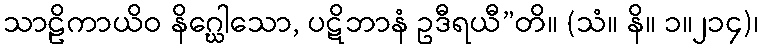
သာဠိကာယိဝ နိဂ္ဃေါသော, ပဋိဘာနံ ဥဒီရယီ”တိ။ (သံ။ နိ။ ၁။၂၁၄)၊